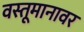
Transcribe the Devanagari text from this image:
वस्तूमानावर